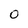
Character: 0